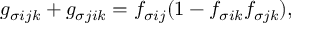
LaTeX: g _ { \sigma i j k } + g _ { \sigma j i k } = f _ { \sigma i j } ( 1 - f _ { \sigma i k } f _ { \sigma j k } ) ,